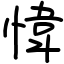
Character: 愇